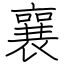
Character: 襄